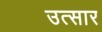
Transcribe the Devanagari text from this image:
उत्सार